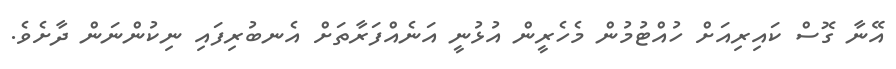
އޭނާ ގޮސް ކައިރިއަށް ހުއްޓުމުން މެހެރީން އުޅުނީ އަނެއްފަރާތަށް އެނބުރިފައި ނިކުންނަން ދާށެވެ.